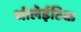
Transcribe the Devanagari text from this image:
थोलेईटिक